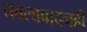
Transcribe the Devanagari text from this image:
तबलावादनही